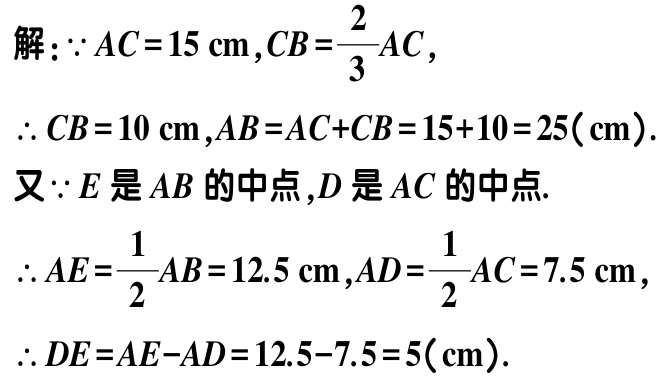
解：\(\because AC = 15\mathrm{cm},CB=\frac{2}{3}AC\)，

\(\therefore CB = 10\mathrm{cm},AB=AC + CB=15 + 10 = 25(\mathrm{cm})\).

又\(\because E\)是\(AB\)的中点，\(D\)是\(AC\)的中点.

\(\therefore AE=\frac{1}{2}AB = 12.5\mathrm{cm},AD=\frac{1}{2}AC = 7.5\mathrm{cm}\)，

\(\therefore DE=AE - AD=12.5 - 7.5 = 5(\mathrm{cm})\).